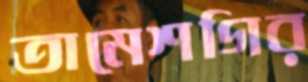
তামেশগির